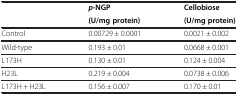
|  | p-NGP | Cellobiose |
 |  | (U/mg protein) | (U/mg protein) |
 | --- | --- | --- |
 | Control | 0.00729 ± 0.0001 | 0.0021 ± 0.002 |
 | Wild-type | 0.193 ± 0.01 | 0.0668 ± 0.001 |
 | L173H | 0.130 ± 0.01 | 0.124 ± 0.004 |
 | H23L | 0.219 ± 0.004 | 0.0738 ± 0.006 |
 | L173H + H23L | 0.156 ± 0.007 | 0.170 ± 0.01 |